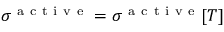
\sigma ^ { \mathrm { ~ a ~ c ~ t ~ i ~ v ~ e ~ } } = \sigma ^ { \mathrm { ~ a ~ c ~ t ~ i ~ v ~ e ~ } } [ T ]